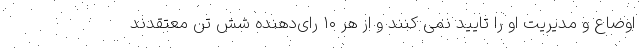
اوضاع و مدیریت او را تایید نمی کنند و از هر ۱۰ رای‌دهنده شش تن معتقدند